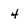
Character: 4